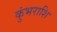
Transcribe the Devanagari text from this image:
कुंभराशि